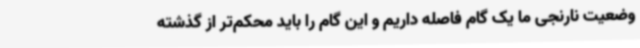
وضعیت نارنجی ما یک گام فاصله داریم و این گام را باید محکم‌تر از گذشته